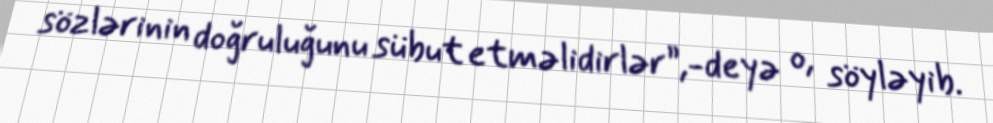
sözlərinin doğruluğunu sübut etməlidirlər”,-deyə o, söyləyib.